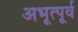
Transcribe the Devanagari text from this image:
अभूत्पूर्व